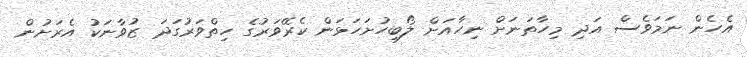
އެހެން ނަމަވެސް އަދި މިހާތަނަށް ނިހާއަށް ލޯބިހުށަހަޅަން ކެރޭވަރުގެ ހިތްވަރުގަދަ ޒުވާނަކު އެރަށުން